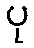
ပု